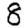
Digit: 8